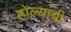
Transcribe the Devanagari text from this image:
होल्यांची